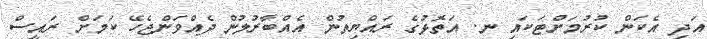
އަދި އެކަން ކުރުމަށްޓަކައި ނ. އަތޮޅުގެ ރައްޔިތުން އެއްބާރުލުން ދެއްވަންޖެހޭ ކަމަށް ރައީސް